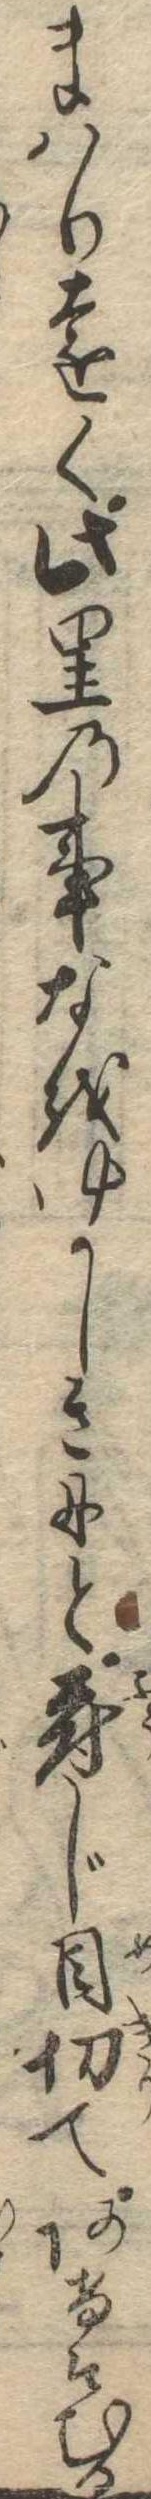
まはり遠く此里の事なをゆかしきにと封じ目切てあけそむる